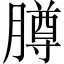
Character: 𬛘